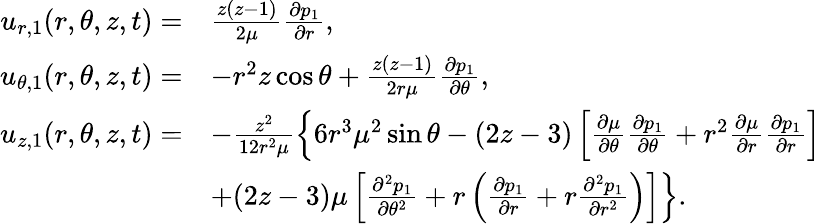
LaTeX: \begin{array}{rl}{u_{r,1}(r,\theta,z,t)=}&{\frac{z(z-1)}{2\mu}\frac{\partial p_{1}}{\partial r},}\\ {u_{\theta,1}(r,\theta,z,t)=}&{-r^{2}z\cos\theta+\frac{z(z-1)}{2r\mu}\frac{\partial p_{1}}{\partial\theta},}\\ {u_{z,1}(r,\theta,z,t)=}&{-\frac{z^{2}}{12r^{2}\mu}\left\{ 6r^{3}\mu^{2}\sin\theta-(2z-3)\left[\frac{\partial\mu}{\partial\theta}\frac{\partial p_{1}}{\partial\theta}+r^{2}\frac{\partial\mu}{\partial r}\frac{\partial p_{1}}{\partial r}\right]\right.}\\ &{\left.+(2z-3)\mu\left[\frac{\partial^{2}p_{1}}{\partial\theta^{2}}+r\left(\frac{\partial p_{1}}{\partial r}+r\frac{\partial^{2}p_{1}}{\partial r^{2}}\right)\right]\right\} .}\end{array}